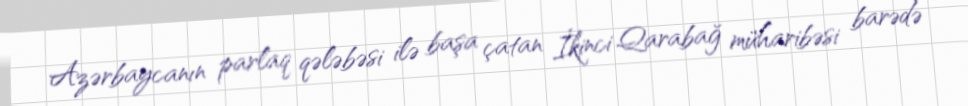
Azərbaycanın parlaq qələbəsi ilə başa çatan İkinci Qarabağ müharibəsi barədə